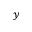
_ y